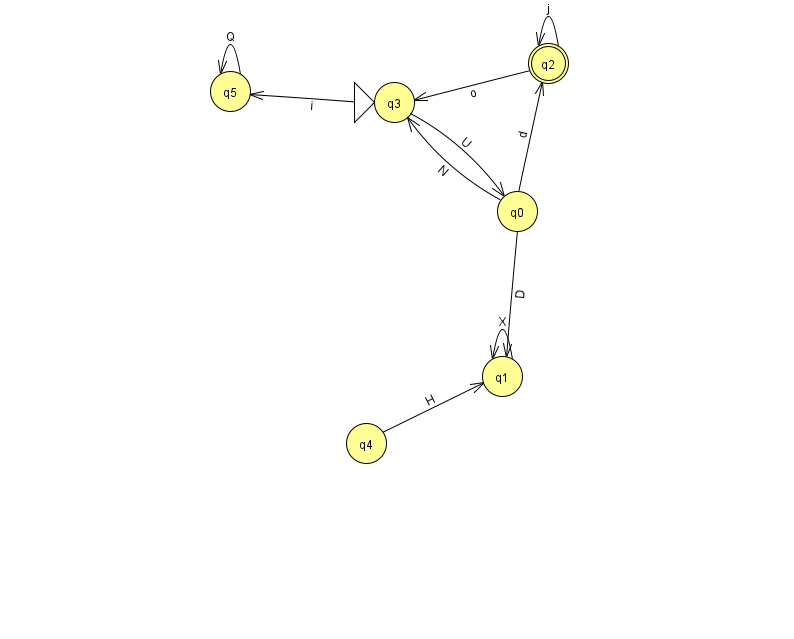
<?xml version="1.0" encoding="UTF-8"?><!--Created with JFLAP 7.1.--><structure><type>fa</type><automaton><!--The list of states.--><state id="0" name="q0"><x>517.0</x><y>198.0</y></state><state id="1" name="q1"><x>502.0</x><y>363.0</y></state><state id="2" name="q2"><x>548.0</x><y>50.0</y><final/></state><state id="3" name="q3"><x>394.0</x><y>89.0</y><initial/></state><state id="4" name="q4"><x>366.0</x><y>430.0</y></state><state id="5" name="q5"><x>230.0</x><y>78.0</y></state><!--The list of transitions.--><transition><from>5</from><to>5</to><read>Q</read></transition><transition><from>0</from><to>2</to><read>d</read></transition><transition><from>0</from><to>3</to><read>N</read></transition><transition><from>2</from><to>3</to><read>o</read></transition><transition><from>0</from><to>1</to><read>D</read></transition><transition><from>1</from><to>1</to><read>X</read></transition><transition><from>2</from><to>2</to><read>j</read></transition><transition><from>3</from><to>5</to><read>i</read></transition><transition><from>4</from><to>1</to><read>H</read></transition><transition><from>3</from><to>0</to><read>U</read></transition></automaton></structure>